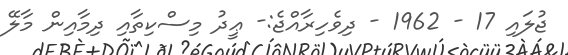
ޖުލައި 17 - 1962 - ދިވެހިރާއްޖެ:- ޢީދު މިސްކިތާއި ދިމާއިން މާލޭ